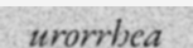
urorrhea